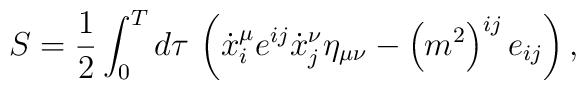
S=\frac 12\int_0^Td\tau \,\left( \dot{x}_i^\mu e^{ij}\dot{x}_j^\nu \eta_{\mu \nu }-\left( m^2\right)^{ij}e_{ij}\right),